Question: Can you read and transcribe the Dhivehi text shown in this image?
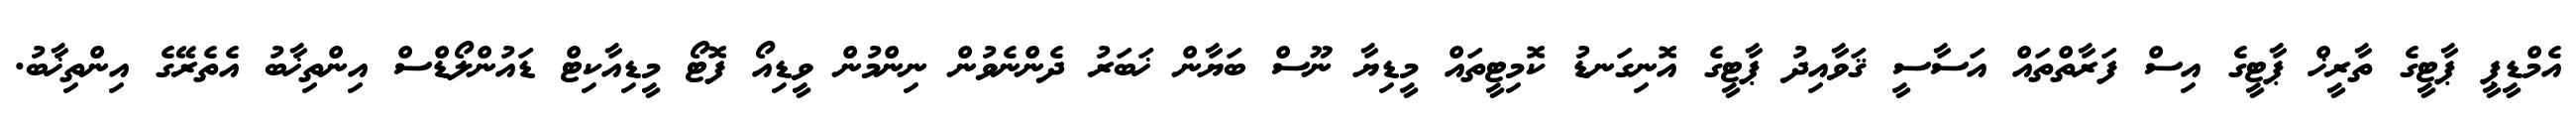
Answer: އެމްޑީޕީ ޕާޓީގެ ތާރީޚް ޕާޓީގެ އިސް ފަރާތްތައް އަސާސީ ޤަވާއިދު ޕާޓީގެ އޮނިގަނޑު ކޮމިޓީތައް މީޑިޔާ ނޫސް ބަޔާން ޚަބަރު ދެންނެވުން ނިންމުން ވީޑިއޯ ފޮޓޯ މީޑިއާކިޓް ޑައުންލޯޑްސް އިންތިޚާބު އެތެރޭގެ އިންތިޚާބު.